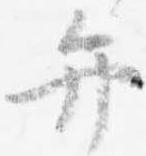
弁